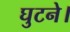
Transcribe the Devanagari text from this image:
घुटने।